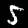
Label: 5